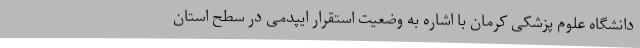
دانشگاه علوم پزشکی کرمان با اشاره به وضعیت استقرار ایپدمی در سطح استان